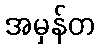
အမှန်တ